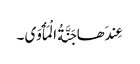
عِندَھا جَنَّةُ الْمَأْوَی ۔